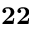
\mathbf { 2 2 }